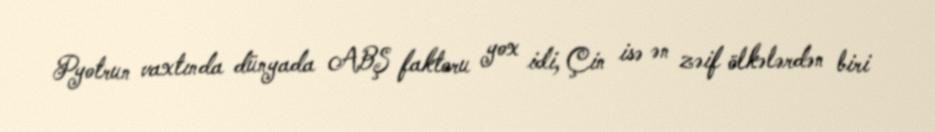
Pyotrun vaxtında dünyada ABŞ faktoru yox idi, Çin isə ən zəif ölkələrdən biri